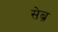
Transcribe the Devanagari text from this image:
सेब्र